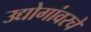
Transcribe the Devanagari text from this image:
उद्योगांवरचे